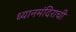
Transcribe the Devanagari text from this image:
ध्यानमंदिराची